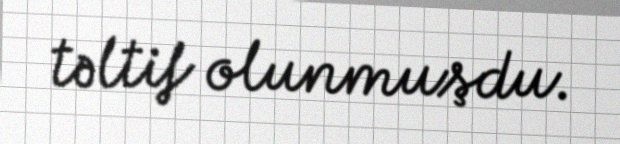
təltif olunmuşdu.